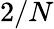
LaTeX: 2/N